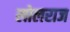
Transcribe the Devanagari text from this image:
लोलराज